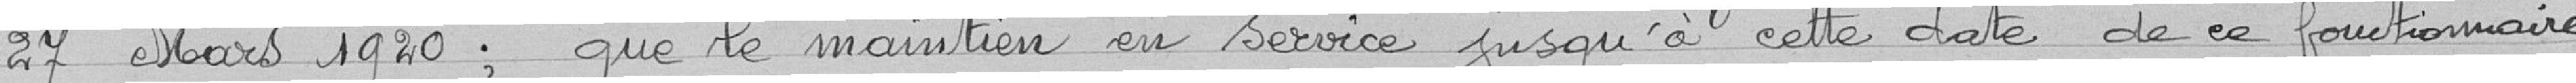
27 mars 1920 ; que le maintien en service jusqu'à cette date de ce fonctionnaire